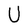
Character: U